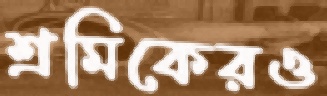
শ্রমিকেরও